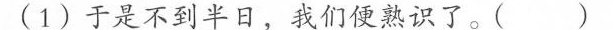
(1)于是不到半日，我们便熟识了。( )